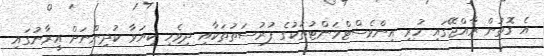
އެ ގޮތުން ރާއްޖޭގައި ހުރި އިންވެސްޓްމަންޓުތަކުގެ ފުރުސަތުތަކާއި ދިވެހި ކިޔަވާ ކުދިންނަށް އީރާނުގައި